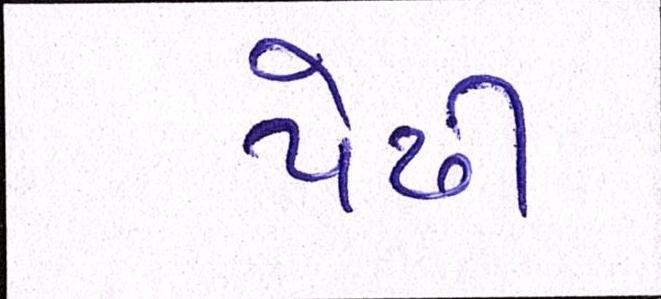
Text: પેઢી